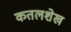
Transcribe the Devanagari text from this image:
कतलशेख